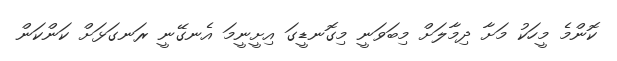
ކޮންމެ މީހަކު މަށާ ދިމާލަށް މިބަވަނީ މިގޮނޑީގަ އިށީނީމަ އެނގޭނީ ރަނގަޅަށް ކަންކަން